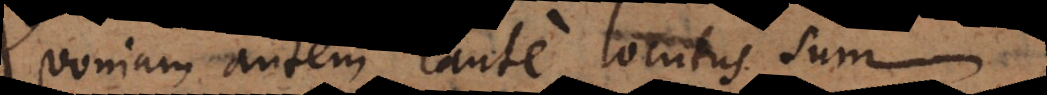
oniam autem caute locutus sum